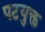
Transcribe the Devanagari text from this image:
पटयुक्त